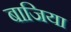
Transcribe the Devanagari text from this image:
बाजिया